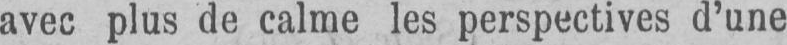
avec plus de calme les perspectives d’une